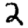
Digit: 2